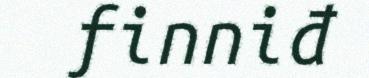
finniđ